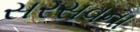
સરસવના